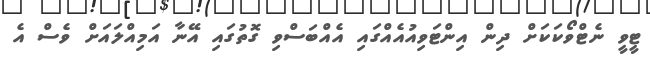
ޓީވީ ނެޓްވޯކަކަށް ދިން އިންޓަވިއުއެއްގައި އެއްބަސްވި ގޮތުގައި އޭނާ އަމިއްލައަށް ވެސް އެ